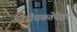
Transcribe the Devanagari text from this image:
अवरोधकतेपेक्षा